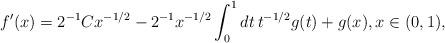
LaTeX: \begin{align*}f'(x) = 2^{-1} C x^{-1/2} - 2^{-1} x^{-1/2} \int_0^1 dt \, t^{-1/2} g(t) + g(x), x \in (0,1),\end{align*}